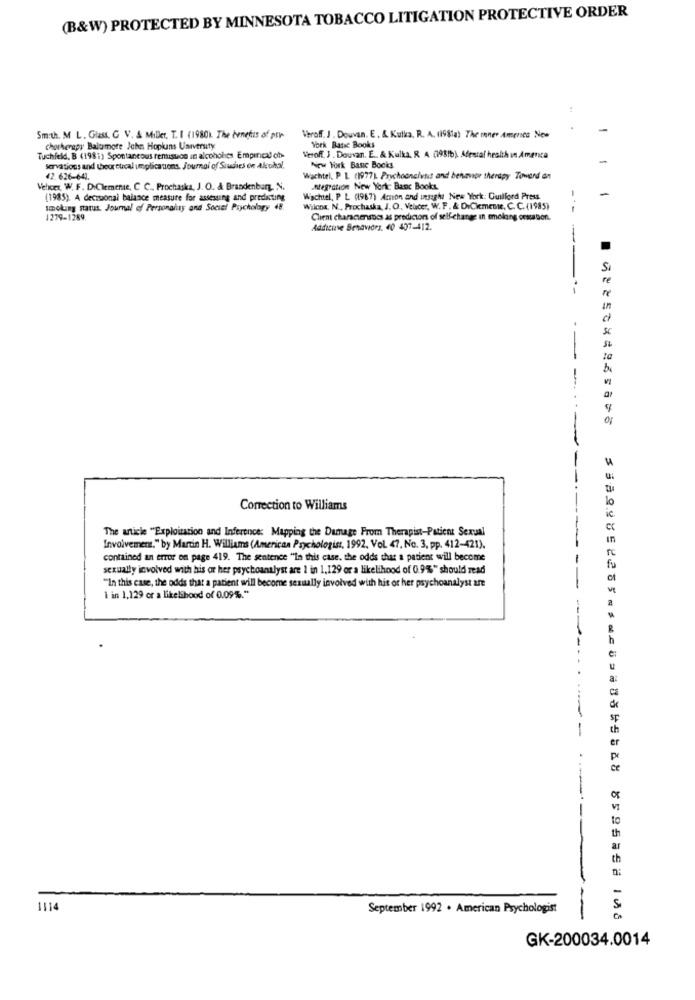
(B&W) PROTECTED BY MINNESOTA TOBACCO LITIGATION PROTECTIVE ORDER
Smith. M L. Glass, G V. A Miller, T. I (19801. The benefits of pr
Veroff. J . Douvan. E . &. Kulka, R. A. (1981a) The mener America Now
chorherapy Baltimore John Hopkins University
Veroff. J . Douvan. E. & Kulka. R. A (1981b) Afestal health in Amenca
York Batac Books
Tuchfeld, B (1981) Spontaneous renisuon in alcohohes Empirical ch-
servations and theoretical umplications. Journal of Studies on Alcohol,
New York Banc Bocks
€2.626-641.
Wachtel. P. L (1977). Prychoonelvis and behavior therapy Toward en
Velices, W. F. DiClemente, C C ., Prochaska, J. O. & Brandenburg, N.
ntegration New Yorke Banc Books
(1985). A decisional balance measure for assessing and predicting
Wachtel, P L (1967) Amon and insight New York: Guilford Press
smoking status. Journal of Personality and Social Psychology 48.
Wilcoa. N ., Prochaska, J. O, Velicer, W. F. & DuCikmente, C. C. (1985)
---
1279-1289.
Client characterses as predictors of self-change in solong onabon.
Addicune Benavides, 40 437-412.
--
--
Correction to Williams
The article "Exploitation and Inference: Mapping the Damage From Therapist-Patient Sexual
Involvemer." by Martin H. Williams (Americaa Psychologist, 1992, Vol. 47, No. 3, pp. 412-421).
contained an error on page 419. The sentence "In this case, the odds that a patient will become
sexually involved with his or her psychoanalyst are 1 in 1,129 or a likelihood of 0.9%%" should read
"In this case, the odds that a patient will become sexually involved with his or her psychoanalyst are
i in 1,129 cr a likelihood of 0.09%."
th
1114
September 1992 . American Psychologist
S
---
3392225 ==== 5558 108
GK-200034.0014